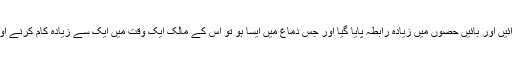
تحقیق میں شامل ایک اور تحقیق دان ڈاکٹر رگینی ورمن کے مطابق عورتوں کے دماغ کے دائیں اور بائیں حصّوں میں زیادہ رابطہ پایا گیا اور جس دماغ میں ایسا ہو تو اس کے مالک ایک وقت میں ایک سے زیادہ کام کرنے اور ان کاموں کے کرنے میں جن میں جذبات استعمال کرنے ہوتے ہوں، بہت اچھے ہوتے ہیں۔